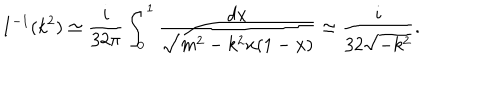
LaTeX: I ^ { - 1 } ( k ^ { 2 } ) \simeq \frac { i } { 3 2 \pi } \int _ { 0 } ^ { 1 } \frac { d x } { \sqrt { m ^ { 2 } - k ^ { 2 } x ( 1 - x ) } } \simeq \frac { i } { 3 2 \sqrt { - k ^ { 2 } } } .